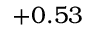
+ 0 . 5 3